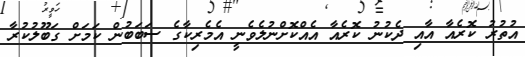
އުތުރު ކޮރެއާ އާއި ދެކުނު ކޮރެއާ އެއްކޮށްނުލެވެނީ އެމެރިކާގެ ސަބަބުން ކަމަށް ގަބޫލުކުރާ